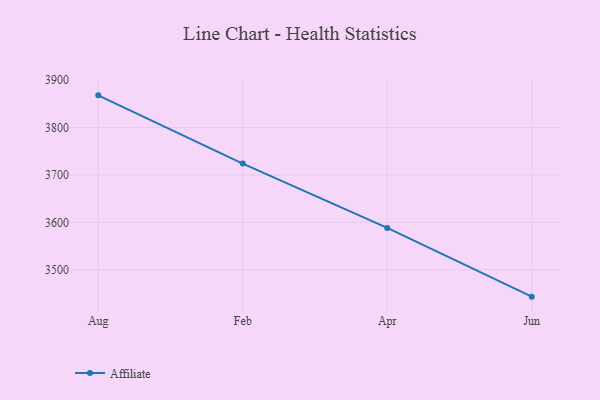
{"axis": {"x": "Month", "y": "Bounce Rate (%)"}, "legend": ["Affiliate"], "data": [{"x": "Aug", "y": 3867.9, "type": "Affiliate"}, {"x": "Feb", "y": 3724.0, "type": "Affiliate"}, {"x": "Apr", "y": 3588.2, "type": "Affiliate"}, {"x": "Jun", "y": 3443.1, "type": "Affiliate"}]}